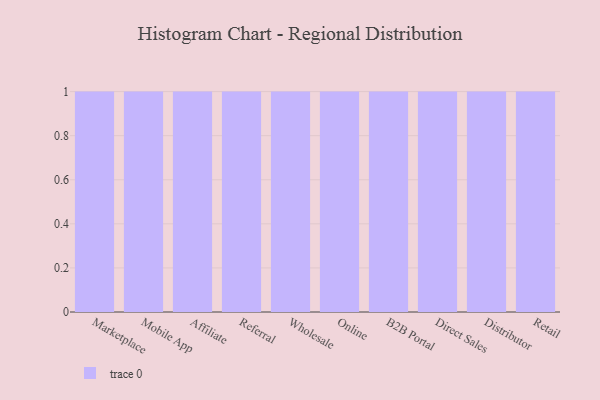
{"axis": {"x": "Channel", "y": "Satisfaction Score"}, "legend": [""], "data": [{"x": "Marketplace", "y": 64, "type": ""}, {"x": "Mobile App", "y": 84, "type": ""}, {"x": "Affiliate", "y": 92, "type": ""}, {"x": "Referral", "y": 75, "type": ""}, {"x": "Wholesale", "y": 16, "type": ""}, {"x": "Online", "y": 21, "type": ""}, {"x": "B2B Portal", "y": 2, "type": ""}, {"x": "Direct Sales", "y": 37, "type": ""}, {"x": "Distributor", "y": 14, "type": ""}, {"x": "Retail", "y": 50, "type": ""}]}